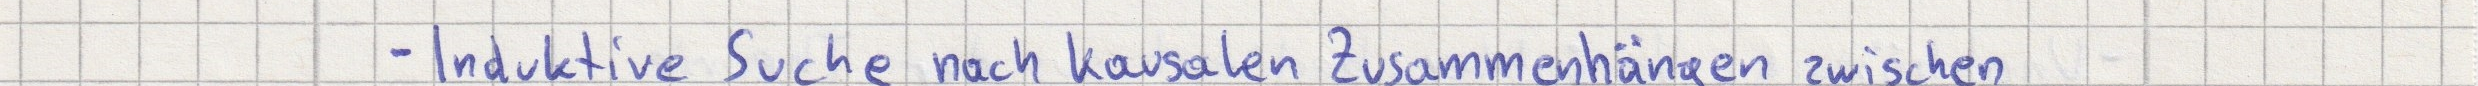
- Induktive Suche nach kausalen Zusammenhängen zwischen